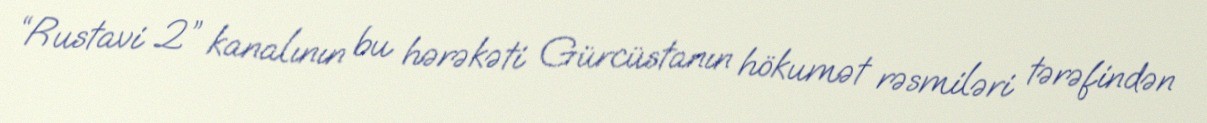
“Rustavi 2” kanalının bu hərəkəti Gürcüstanın hökumət rəsmiləri tərəfindən